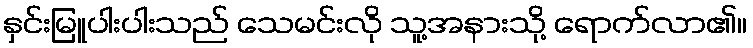
နှင်းမြူပါးပါးသည် သေမင်းလို သူ့အနားသို့ ရောက်လာ၏။